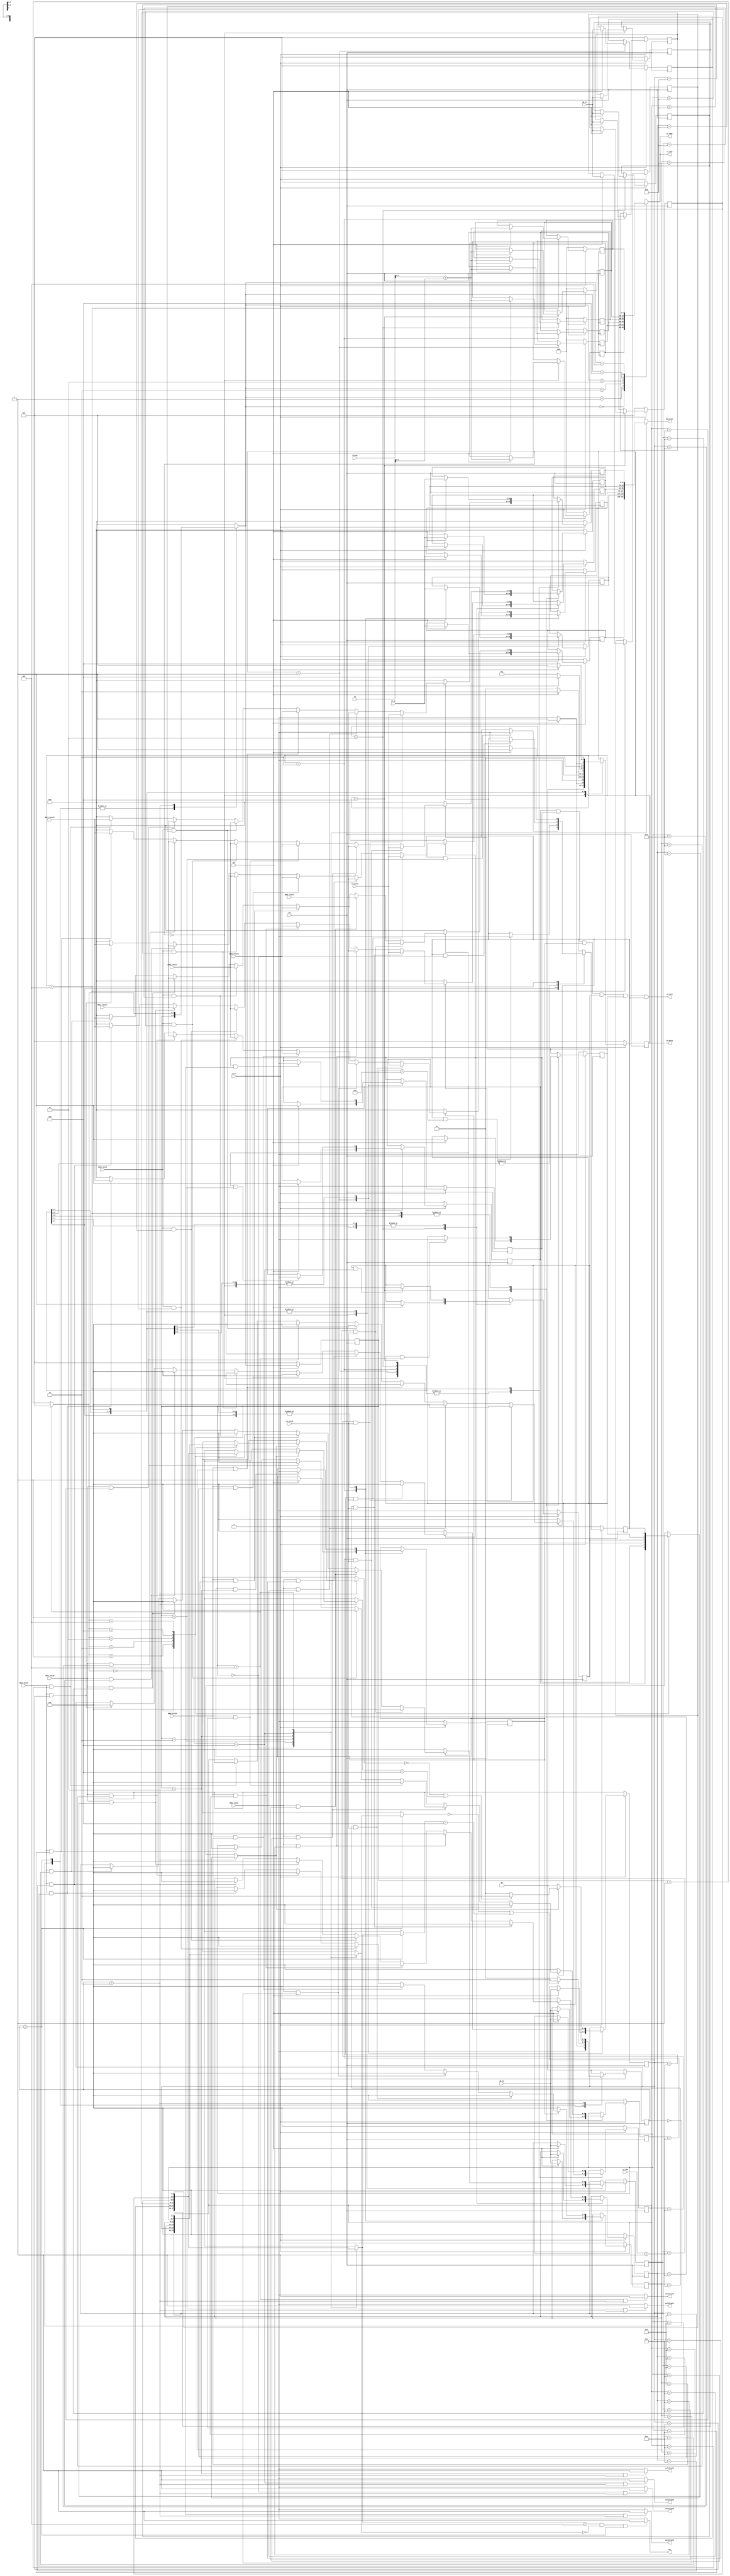
module LS_buff(
//from common data bus
	input ADD1_valid,
	input ADD2_valid,
	input ADD3_valid,
	input MUL1_valid,
	input MUL2_valid,
	input LS_valid,
	input [31:0] ADD1_result,
	input [31:0] ADD2_result,
	input [31:0] ADD3_result,
	input [31:0] MUL1_result,
	input [31:0] MUL2_result,
	input [31:0] LS_value,
	input [2:0] LS_idx,

	input clk,
	input rst_n,
	input sel,
	input [2:0] Op_in,
	input [11:0] offset,
	input [31:0] rs, //from the reg that contains the address
	input [31:0] Vi_in,// the value to store is actually rs2
	input [3:0] Qi_in,
	output [9:0] rd_addr,
	output [9:0] wr_addr,
	output [31:0] data_out,
	output wen,
	output  valid_out0,
	output  valid_out1,
	output  valid_out2,
	output  valid_out3,
	output  valid_out4,
	output  valid_out5,
	//
	output ls_full,//for instruction manager
	output [2:0] ls_entry//for instruction manager
);


//

wire valid_out0_next,valid_out1_next,valid_out2_next,valid_out3_next,valid_out4_next,valid_out5_next;


localparam ENTRY0=3'd0,ENTRY1=3'd1,ENTRY2=3'd2,ENTRY3=3'd3,ENTRY4=3'd4,ENTRY5=3'd5;
reg [2:0] state,next_state;
reg [2:0]head,head_next;
reg busy[0:5];
reg busy_next[0:5];
reg [9:0] addr [0:5];
reg [9:0] addr_next [0:5];
reg	[31:0] Vi [0:5];
reg [31:0] Vi_next [0:5];
reg [3:0] Qi [0:5];
reg [3:0] Qi_next [0:5];
reg [2:0] Op[0:5];
reg [2:0] Op_next[0:5];
reg valid[0:5];

always@(posedge clk)begin
	if(~rst_n)begin
		state <= ENTRY0; 
		busy[0] <= 0;
		busy[1] <= 0;
		busy[2] <= 0;
		busy[3] <= 0;
		busy[4] <= 0;
		busy[5] <= 0;
		Op[0] <= 0;
		Op[1] <= 0;
		Op[2] <= 0;
		Op[3] <= 0;
		Op[4] <= 0;
		Op[5] <= 0;
		addr[0] <= 0;
		addr[1] <= 0;
		addr[2] <= 0;
		addr[3] <= 0;
		addr[4] <= 0;
		addr[5] <= 0;
		Qi[0] <= 0;
		Qi[1] <= 0;
		Qi[2] <= 0;
		Qi[3] <= 0;
		Qi[4] <= 0;
		Qi[5] <= 0;
		Vi[0] <= 0;
		Vi[1] <= 0;
		Vi[2] <= 0;
		Vi[3] <= 0;
		Vi[4] <= 0;
		Vi[5] <= 0;
	end else begin 
		state <= next_state;
		busy[0] <= busy_next[0];
		busy[1] <= busy_next[1];
		busy[2] <= busy_next[2];
		busy[3] <= busy_next[3];
		busy[4] <= busy_next[4];
		busy[5] <= busy_next[5];
		Op[0] <= Op_next[0];
		Op[1] <= Op_next[1];
		Op[2] <= Op_next[2];
		Op[3] <= Op_next[3];
		Op[4] <= Op_next[4];
		Op[5] <= Op_next[5];
		addr[0] <=addr_next[0];
		addr[1] <=addr_next[1];
		addr[2] <=addr_next[2];
		addr[3] <=addr_next[3];
		addr[4] <=addr_next[4];
		addr[5] <=addr_next[5];
		Qi[0] <= Qi_next[0];
		Qi[1] <= Qi_next[1];
		Qi[2] <= Qi_next[2];
		Qi[3] <= Qi_next[3];
		Qi[4] <= Qi_next[4];
		Qi[5] <= Qi_next[5];
		Vi[0] <= Vi_next[0];
		Vi[1] <= Vi_next[1];
		Vi[2] <= Vi_next[2];
		Vi[3] <= Vi_next[3];
		Vi[4] <= Vi_next[4];
		Vi[5] <= Vi_next[5];
	end
end

always@(*)begin
	case(state)
		ENTRY0:	begin
					busy_next[1] = (busy[1] && (head==2))?0:busy[1]; 
					busy_next[2] = (busy[2] && (head==3))?0:busy[2]; 
					busy_next[3] = (busy[3] && (head==4))?0:busy[3]; 
					busy_next[4] = (busy[4] && (head==5))?0:busy[4]; 
					busy_next[5] = (busy[5] && (head==1))?0:busy[5]; 
					addr_next[1] = addr[1];
					addr_next[2] = addr[2];
					addr_next[3] = addr[3];
					addr_next[4] = addr[4];
					addr_next[5] = addr[5];
					Op_next[1] = Op[1];
					Op_next[2] = Op[2];
					Op_next[3] = Op[3];
					Op_next[4] = Op[4];
					Op_next[5] = Op[5];
					//Vi_next[0] = (Qi[0]==0)?Vi[0]:/*use Qi[0]and the valid for that input as selece*/;

                    if(sel)begin//the values for the current entry is controlled here
                        busy_next[0] = 1;
                        addr_next[0] = offset+rs;
						Vi_next[0] = Vi_in;
                        Qi_next[0] = Qi_in;
						Op_next[0] = Op_in;/*0 for load 1 for store*/
						next_state = ENTRY1;
                    end else begin
                        busy_next[0] = busy[0];
                        addr_next[0] = addr[0];
                        Vi_next[0] = Vi[0];
                        Qi_next[0] = Qi[0];
						Op_next[0] = Op[0];
                        next_state = ENTRY0;
                    end

					if(busy[1])begin
						if(Qi[1]==LS_idx+1&&LS_valid) begin
							Vi_next[1] =LS_value;
							Qi_next[1] = 0;
						end else if(ADD1_valid&&Qi[1]==7)begin
							Vi_next[1] = ADD1_result;
							Qi_next[1] = 0;
						end else if(ADD2_valid&&Qi[1]==8)begin
							Vi_next[1] = ADD2_result;
							Qi_next[1] = 0;
						end else if(ADD3_valid&&Qi[1]==9)begin
							Vi_next[1] = ADD3_result;
							Qi_next[1] = 0;
						end else if(MUL1_valid&&Qi[1]==10)begin
							Vi_next[1] = MUL1_result;
							Qi_next[1] = 0;
						end else if(MUL2_valid&&Qi[1]==11)begin
							Vi_next[1] = MUL2_result;
							Qi_next[1] = 0;
						end else begin
							Vi_next[1] = 0;
							Qi_next[1] = Qi[1];
						end
					end 
					else begin
						Vi_next[1] = 0;
						Qi_next[1] = 0;
					end					

					if(busy[2])begin
						if(Qi[2]==LS_idx+1&&LS_valid) begin
							Vi_next[2] =LS_value;
							Qi_next[2] = 0;
						end else if(ADD1_valid&&Qi[2]==7)begin
							Vi_next[2] = ADD1_result;
							Qi_next[2] = 0;
						end else if(ADD2_valid&&Qi[2]==8)begin
							Vi_next[2] = ADD2_result;
							Qi_next[2] = 0;
						end else if(ADD3_valid&&Qi[2]==9)begin
							Vi_next[2] = ADD3_result;
							Qi_next[2] = 0;
						end else if(MUL1_valid&&Qi[2]==10)begin
							Vi_next[2] = MUL1_result;
							Qi_next[2] = 0;
						end else if(MUL2_valid&&Qi[2]==11)begin
							Vi_next[2] = MUL2_result;
							Qi_next[2] = 0;
						end else begin
							Vi_next[2] = 0;
							Qi_next[2] = Qi[2];
						end
					end 
					else begin
						Vi_next[2] = 0;
						Qi_next[2] = 0;
					end

					if(busy[3])begin
						if(Qi[3]==LS_idx+1&&LS_valid) begin
							Vi_next[3] =LS_value;
							Qi_next[3] = 0;
						end else if(ADD1_valid&&Qi[3]==7)begin
							Vi_next[3] = ADD1_result;
							Qi_next[3] = 0;
						end else if(ADD2_valid&&Qi[3]==8)begin
							Vi_next[3] = ADD2_result;
							Qi_next[3] = 0;
						end else if(ADD3_valid&&Qi[3]==9)begin
							Vi_next[3] = ADD3_result;
							Qi_next[3] = 0;
						end else if(MUL1_valid&&Qi[3]==10)begin
							Vi_next[3] = MUL1_result;
							Qi_next[3] = 0;
						end else if(MUL2_valid&&Qi[3]==11)begin
							Vi_next[3] = MUL2_result;
							Qi_next[3] = 0;
						end else begin
							Vi_next[3] = 0;
							Qi_next[3] = Qi[3];
						end
					end 
					else begin
						Vi_next[3] = 0;
						Qi_next[3] = 0;
					end

					if(busy[4])begin
						if(Qi[4]==LS_idx+1&&LS_valid) begin
							Vi_next[4] =LS_value;
							Qi_next[4] = 0;
						end else if(ADD1_valid&&Qi[4]==7)begin
							Vi_next[4] = ADD1_result;
							Qi_next[4] = 0;
						end else if(ADD2_valid&&Qi[4]==8)begin
							Vi_next[4] = ADD2_result;
							Qi_next[4] = 0;
						end else if(ADD3_valid&&Qi[4]==9)begin
							Vi_next[4] = ADD3_result;
							Qi_next[4] = 0;
						end else if(MUL1_valid&&Qi[4]==10)begin
							Vi_next[4] = MUL1_result;
							Qi_next[4] = 0;
						end else if(MUL2_valid&&Qi[4]==11)begin
							Vi_next[4] = MUL2_result;
							Qi_next[4] = 0;
						end else begin
							Vi_next[4] = 0;
							Qi_next[4] = Qi[4];
						end
					end 
					else begin
						Vi_next[4] = 0;
						Qi_next[4] = 0;
					end

					if(busy[5])begin
						if(Qi[5]==LS_idx+1&&LS_valid) begin
							Vi_next[5] =LS_value;
							Qi_next[5] = 0;
						end else if(ADD1_valid&&Qi[5]==7)begin
							Vi_next[5] = ADD1_result;
							Qi_next[5] = 0;
						end else if(ADD2_valid&&Qi[5]==8)begin
							Vi_next[5] = ADD2_result;
							Qi_next[5] = 0;
						end else if(ADD3_valid&&Qi[5]==9)begin
							Vi_next[5] = ADD3_result;
							Qi_next[5] = 0;
						end else if(MUL1_valid&&Qi[5]==10)begin
							Vi_next[5] = MUL1_result;
							Qi_next[5] = 0;
						end else if(MUL2_valid&&Qi[5]==11)begin
							Vi_next[5] = MUL2_result;
							Qi_next[5] = 0;
						end else begin
							Vi_next[5] = 0;
							Qi_next[5] = Qi[5];
						end
					end 
					else begin
						Vi_next[5] = 0;
						Qi_next[5] = 0;
					end
                end

		ENTRY1: begin
					//if the previous head is 0 and the (prevoiuse head entry) is busy,the previouse head entry shud be freed 
					//because this indicates the head had mved on
					busy_next[0] = (busy[0] && (head==1))?0:busy[0];  
					busy_next[2] = (busy[2] && (head==3))?0:busy[2];  
					busy_next[3] = (busy[3] && (head==4))?0:busy[3]; 
					busy_next[4] = (busy[4] && (head==5))?0:busy[4];  
					busy_next[5] = (busy[5] && (head==6))?0:busy[5];  
					addr_next[0] = addr[0];
					addr_next[2] = addr[2];
					addr_next[3] = addr[3];
					addr_next[4] = addr[4];
					addr_next[5] = addr[5];
					Op_next[0] = Op[0];
					Op_next[2] = Op[2];
					Op_next[3] = Op[3];
					Op_next[4] = Op[4];
					Op_next[5] = Op[5];
					//Vi_next[0] = (Qi[0]==0)?Vi[0]:/*use Qi[0]and the valid for that input as selece*/;
					if(busy[0])begin
						if(Qi[0]==LS_idx+1&&LS_valid) begin
							Vi_next[0] =LS_value;
							Qi_next[0] = 0;
						end else if(ADD1_valid&&Qi[0]==7)begin//Vi_next[0] = (Qi[0]==0)?Vi[0]:/*use Qi[0]and the valid for that input as selece*/;
							Vi_next[0] = ADD1_result;
							Qi_next[0] = 0;
						end else if(ADD2_valid&&Qi[0]==8)begin
							Vi_next[0] = ADD2_result;
							Qi_next[0] = 0;
						end else if(ADD3_valid&&Qi[0]==9)begin
							Vi_next[0] = ADD3_result;
							Qi_next[0] = 0;
						end else if(MUL1_valid&&Qi[0]==10)begin
							Vi_next[0] = MUL1_result;
							Qi_next[0] = 0;
						end else if(MUL2_valid&&Qi[0]==11)begin
							Vi_next[0] = MUL2_result;
							Qi_next[0] = 0;
						end else begin
							Vi_next[0] = 0;
							Qi_next[0] = Qi[0];
						end
					end 
					else begin
						Vi_next[0] = 0;
						Qi_next[0] = 0;
					end
///TODO:complete the rest of the Qi_next and Vi_next for the ls_buffer entries that isn't the current entry
/*                        Vi_next[2] = Vi[2];
                        Vi_next[3] = Vi[3];
                        Vi_next[4] = Vi[4];
                        Vi_next[5] = Vi[5];
                        Qi_next[1] = Qi[1];
                        Qi_next[2] = Qi[2];
                        Qi_next[3] = Qi[3];
                        Qi_next[4] = Qi[4];
                        Qi_next[5] = Qi[5];
                        Op_next[1] = Op[1];
                        Op_next[2] = Op[2];
                        Op_next[3] = Op[3];
                        Op_next[4] = Op[4];
                        Op_next[5] = Op[5];
*/
                    if(sel)begin//the values for the current entry is controlled here
                        busy_next[1] = 1;
                        addr_next[1] = offset+rs;
						Vi_next[1] = Vi_in;
                        Qi_next[1] = Qi_in;
						Op_next[1] = Op_in;/*0 for load 1 for store*/
						next_state = ENTRY2;
                    end else begin
                        busy_next[1] = busy[1];
                        addr_next[1] = addr[1];
                        Vi_next[1] = Vi[1];
                        Qi_next[1] = Qi[1];
						Op_next[1] = Op[1];
                        next_state = ENTRY1;
                    end

					if(busy[2])begin
						if(Qi[2]==LS_idx+1&&LS_valid) begin
							Vi_next[2] =LS_value;
							Qi_next[2] = 0;
						end else if(ADD1_valid&&Qi[2]==7)begin
							Vi_next[2] = ADD1_result;
							Qi_next[2] = 0;
						end else if(ADD2_valid&&Qi[2]==8)begin
							Vi_next[2] = ADD2_result;
							Qi_next[2] = 0;
						end else if(ADD3_valid&&Qi[2]==9)begin
							Vi_next[2] = ADD3_result;
							Qi_next[2] = 0;
						end else if(MUL1_valid&&Qi[2]==10)begin
							Vi_next[2] = MUL1_result;
							Qi_next[2] = 0;
						end else if(MUL2_valid&&Qi[2]==11)begin
							Vi_next[2] = MUL2_result;
							Qi_next[2] = 0;
						end else begin
							Vi_next[2] = 0;
							Qi_next[2] = Qi[2];
						end
					end 
					else begin
						Vi_next[2] = 0;
						Qi_next[2] = 0;
					end

					if(busy[3])begin
						if(Qi[3]==LS_idx+1&&LS_valid) begin
							Vi_next[3] =LS_value;
							Qi_next[3] = 0;
						end else if(ADD1_valid&&Qi[3]==7)begin
							Vi_next[3] = ADD1_result;
							Qi_next[3] = 0;
						end else if(ADD2_valid&&Qi[3]==8)begin
							Vi_next[3] = ADD2_result;
							Qi_next[3] = 0;
						end else if(ADD3_valid&&Qi[3]==9)begin
							Vi_next[3] = ADD3_result;
							Qi_next[3] = 0;
						end else if(MUL1_valid&&Qi[3]==10)begin
							Vi_next[3] = MUL1_result;
							Qi_next[3] = 0;
						end else if(MUL2_valid&&Qi[3]==11)begin
							Vi_next[3] = MUL2_result;
							Qi_next[3] = 0;
						end else begin
							Vi_next[3] = 0;
							Qi_next[3] = Qi[3];
						end
					end 
					else begin
						Vi_next[3] = 0;
						Qi_next[3] = 0;
					end

					if(busy[4])begin
						if(Qi[4]==LS_idx+1&&LS_valid) begin
							Vi_next[4] =LS_value;
							Qi_next[4] = 0;
						end else if(ADD1_valid&&Qi[4]==7)begin
							Vi_next[4] = ADD1_result;
							Qi_next[4] = 0;
						end else if(ADD2_valid&&Qi[4]==8)begin
							Vi_next[4] = ADD2_result;
							Qi_next[4] = 0;
						end else if(ADD3_valid&&Qi[4]==9)begin
							Vi_next[4] = ADD3_result;
							Qi_next[4] = 0;
						end else if(MUL1_valid&&Qi[4]==10)begin
							Vi_next[4] = MUL1_result;
							Qi_next[4] = 0;
						end else if(MUL2_valid&&Qi[4]==11)begin
							Vi_next[4] = MUL2_result;
							Qi_next[4] = 0;
						end else begin
							Vi_next[4] = 0;
							Qi_next[4] = Qi[4];
						end
					end 
					else begin
						Vi_next[4] = 0;
						Qi_next[4] = 0;
					end

					if(busy[5])begin
						if(Qi[5]==LS_idx+1&&LS_valid) begin
							Vi_next[5] =LS_value;
							Qi_next[5] = 0;
						end else if(ADD1_valid&&Qi[5]==7)begin
							Vi_next[5] = ADD1_result;
							Qi_next[5] = 0;
						end else if(ADD2_valid&&Qi[5]==8)begin
							Vi_next[5] = ADD2_result;
							Qi_next[5] = 0;
						end else if(ADD3_valid&&Qi[5]==9)begin
							Vi_next[5] = ADD3_result;
							Qi_next[5] = 0;
						end else if(MUL1_valid&&Qi[5]==10)begin
							Vi_next[5] = MUL1_result;
							Qi_next[5] = 0;
						end else if(MUL2_valid&&Qi[5]==11)begin
							Vi_next[5] = MUL2_result;
							Qi_next[5] = 0;
						end else begin
							Vi_next[5] = 0;
							Qi_next[5] = Qi[5];
						end
					end 
					else begin
						Vi_next[5] = 0;
						Qi_next[5] = 0;
					end
                end

//TODO: complete the logic for rest of the states
		ENTRY2: begin
					busy_next[0] = (busy[0] && (head==1))?0:busy[0]; 
					busy_next[1] = (busy[1] && (head==2))?0:busy[1];  
					busy_next[3] = (busy[3] && (head==4))?0:busy[3]; 
					busy_next[4] = (busy[4] && (head==5))?0:busy[4]; 
					busy_next[5] = (busy[5] && (head==0))?0:busy[5]; 
					addr_next[0] = addr[0];
					addr_next[1] = addr[1];
					addr_next[3] = addr[3];
					addr_next[4] = addr[4];
					addr_next[5] = addr[5];
					Op_next[0] = Op[0];
					Op_next[1] = Op[1];
					Op_next[3] = Op[3];
					Op_next[4] = Op[4];
					Op_next[5] = Op[5];
					//Vi_next[0] = (Qi[0]==0)?Vi[0]:/*use Qi[0]and the valid for that input as selece*/;

					if(busy[0])begin
						if(Qi[0]==LS_idx+1&&LS_valid) begin
							Vi_next[0] =LS_value;
							Qi_next[0] = 0;
						end else if(ADD1_valid&&Qi[0]==7)begin
							Vi_next[0] = ADD1_result;
							Qi_next[0] = 0;
						end else if(ADD2_valid&&Qi[0]==8)begin
							Vi_next[0] = ADD2_result;
							Qi_next[0] = 0;
						end else if(ADD3_valid&&Qi[0]==9)begin
							Vi_next[0] = ADD3_result;
							Qi_next[0] = 0;
						end else if(MUL1_valid&&Qi[0]==10)begin
							Vi_next[0] = MUL1_result;
							Qi_next[0] = 0;
						end else if(MUL2_valid&&Qi[0]==11)begin
							Vi_next[0] = MUL2_result;
							Qi_next[0] = 0;
						end else begin
							Vi_next[0] = 0;
							Qi_next[0] = Qi[0];
						end
					end 
					else begin
						Vi_next[0] = 0;
						Qi_next[0] = 0;
					end

					if(busy[1])begin
						if(Qi[1]==LS_idx+1&&LS_valid) begin
							Vi_next[1] =LS_value;
							Qi_next[1] = 0;
						end else if(ADD1_valid&&Qi[1]==7)begin
							Vi_next[1] = ADD1_result;
							Qi_next[1] = 0;
						end else if(ADD2_valid&&Qi[1]==8)begin
							Vi_next[1] = ADD2_result;
							Qi_next[1] = 0;
						end else if(ADD3_valid&&Qi[1]==9)begin
							Vi_next[1] = ADD3_result;
							Qi_next[1] = 0;
						end else if(MUL1_valid&&Qi[1]==10)begin
							Vi_next[1] = MUL1_result;
							Qi_next[1] = 0;
						end else if(MUL2_valid&&Qi[1]==11)begin
							Vi_next[1] = MUL2_result;
							Qi_next[1] = 0;
						end else begin
							Vi_next[1] = 0;
							Qi_next[1] = Qi[1];
						end
					end 
					else begin
						Vi_next[1] = 0;
						Qi_next[1] = 0;
					end

                    if(sel)begin
                        busy_next[2] = 1;
                        addr_next[2] = offset+rs;
						Vi_next[2] = Vi_in;
                        Qi_next[2] = Qi_in;
						Op_next[2] = Op_in;/*0 for load 1 for store*/
						next_state = ENTRY3;
                    end else begin
                        busy_next[2] = busy[2];
                        addr_next[2] = addr[2];
                        Vi_next[2] = Vi[2];
                        Qi_next[2] = Qi[2];
						Op_next[2] = Op[2];
                        next_state = ENTRY2;
                    end

					if(busy[3])begin
						if(Qi[3]==LS_idx+1&&LS_valid) begin
							Vi_next[3] =LS_value;
							Qi_next[3] = 0;
						end else if(ADD1_valid&&Qi[3]==7)begin
							Vi_next[3] = ADD1_result;
							Qi_next[3] = 0;
						end else if(ADD2_valid&&Qi[3]==8)begin
							Vi_next[3] = ADD2_result;
							Qi_next[3] = 0;
						end else if(ADD3_valid&&Qi[3]==9)begin
							Vi_next[3] = ADD3_result;
							Qi_next[3] = 0;
						end else if(MUL1_valid&&Qi[3]==10)begin
							Vi_next[3] = MUL1_result;
							Qi_next[3] = 0;
						end else if(MUL2_valid&&Qi[3]==11)begin
							Vi_next[3] = MUL2_result;
							Qi_next[3] = 0;
						end else begin
							Vi_next[3] = 0;
							Qi_next[3] = Qi[3];
						end
					end 
					else begin
						Vi_next[3] = 0;
						Qi_next[3] = 0;
					end

					if(busy[4])begin
						if(Qi[4]==LS_idx+1&&LS_valid) begin
							Vi_next[4] =LS_value;
							Qi_next[4] = 0;
						end else if(ADD1_valid&&Qi[4]==7)begin
							Vi_next[4] = ADD1_result;
							Qi_next[4] = 0;
						end else if(ADD2_valid&&Qi[4]==8)begin
							Vi_next[4] = ADD2_result;
							Qi_next[4] = 0;
						end else if(ADD3_valid&&Qi[4]==9)begin
							Vi_next[4] = ADD3_result;
							Qi_next[4] = 0;
						end else if(MUL1_valid&&Qi[4]==10)begin
							Vi_next[4] = MUL1_result;
							Qi_next[4] = 0;
						end else if(MUL2_valid&&Qi[4]==11)begin
							Vi_next[4] = MUL2_result;
							Qi_next[4] = 0;
						end else begin
							Vi_next[4] = 0;
							Qi_next[4] = Qi[4];
						end
					end 
					else begin
						Vi_next[4] = 0;
						Qi_next[4] = 0;
					end

					if(busy[5])begin
						if(Qi[5]==LS_idx+1&&LS_valid) begin
							Vi_next[5] =LS_value;
							Qi_next[5] = 0;
						end else if(ADD1_valid&&Qi[5]==7)begin
							Vi_next[5] = ADD1_result;
							Qi_next[5] = 0;
						end else if(ADD2_valid&&Qi[5]==8)begin
							Vi_next[5] = ADD2_result;
							Qi_next[5] = 0;
						end else if(ADD3_valid&&Qi[5]==9)begin
							Vi_next[5] = ADD3_result;
							Qi_next[5] = 0;
						end else if(MUL1_valid&&Qi[5]==10)begin
							Vi_next[5] = MUL1_result;
							Qi_next[5] = 0;
						end else if(MUL2_valid&&Qi[5]==11)begin
							Vi_next[5] = MUL2_result;
							Qi_next[5] = 0;
						end else begin
							Vi_next[5] = 0;
							Qi_next[5] = Qi[5];
						end
					end 
					else begin
						Vi_next[5] = 0;
						Qi_next[5] = 0;
					end
                end

		ENTRY3: begin
					busy_next[0] = (busy[0] && (head==1))?0:busy[0]; 
					busy_next[1] = (busy[1] && (head==2))?0:busy[1]; 
					busy_next[2] = (busy[2] && (head==3))?0:busy[2]; 
					busy_next[4] = (busy[4] && (head==5))?0:busy[4]; 
					busy_next[5] = (busy[5] && (head==0))?0:busy[5]; 
					addr_next[0] = addr[0];
					addr_next[1] = addr[1];
					addr_next[2] = addr[2];
					addr_next[4] = addr[4];
					addr_next[5] = addr[5];
					Op_next[0] = Op[0];
					Op_next[1] = Op[1];
					Op_next[2] = Op[2];
					Op_next[4] = Op[4];
					Op_next[5] = Op[5];
					//Vi_next[0] = (Qi[0]==0)?Vi[0]:/*use Qi[0]and the valid for that input as selece*/;

					if(busy[0])begin
						if(Qi[0]==LS_idx+1&&LS_valid) begin
							Vi_next[0] =LS_value;
							Qi_next[0] = 0;
						end else if(ADD1_valid&&Qi[0]==7)begin
							Vi_next[0] = ADD1_result;
							Qi_next[0] = 0;
						end else if(ADD2_valid&&Qi[0]==8)begin
							Vi_next[0] = ADD2_result;
							Qi_next[0] = 0;
						end else if(ADD3_valid&&Qi[0]==9)begin
							Vi_next[0] = ADD3_result;
							Qi_next[0] = 0;
						end else if(MUL1_valid&&Qi[0]==10)begin
							Vi_next[0] = MUL1_result;
							Qi_next[0] = 0;
						end else if(MUL2_valid&&Qi[0]==11)begin
							Vi_next[0] = MUL2_result;
							Qi_next[0] = 0;
						end else begin
							Vi_next[0] = 0;
							Qi_next[0] = Qi[0];
						end
					end 
					else begin
						Vi_next[0] = 0;
						Qi_next[0] = 0;
					end

					if(busy[1])begin
						if(Qi[1]==LS_idx+1&&LS_valid) begin
							Vi_next[1] =LS_value;
							Qi_next[1] = 0;
						end else if(ADD1_valid&&Qi[1]==7)begin
							Vi_next[1] = ADD1_result;
							Qi_next[1] = 0;
						end else if(ADD2_valid&&Qi[1]==8)begin
							Vi_next[1] = ADD2_result;
							Qi_next[1] = 0;
						end else if(ADD3_valid&&Qi[1]==9)begin
							Vi_next[1] = ADD3_result;
							Qi_next[1] = 0;
						end else if(MUL1_valid&&Qi[1]==10)begin
							Vi_next[1] = MUL1_result;
							Qi_next[1] = 0;
						end else if(MUL2_valid&&Qi[1]==11)begin
							Vi_next[1] = MUL2_result;
							Qi_next[1] = 0;
						end else begin
							Vi_next[1] = 0;
							Qi_next[1] = Qi[1];
						end
					end 
					else begin
						Vi_next[1] = 0;
						Qi_next[1] = 0;
					end

					if(busy[2])begin
						if(Qi[2]==LS_idx+1&&LS_valid) begin
							Vi_next[2] =LS_value;
							Qi_next[2] = 0;
						end else if(ADD1_valid&&Qi[2]==7)begin
							Vi_next[2] = ADD1_result;
							Qi_next[2] = 0;
						end else if(ADD2_valid&&Qi[2]==8)begin
							Vi_next[2] = ADD2_result;
							Qi_next[2] = 0;
						end else if(ADD3_valid&&Qi[2]==9)begin
							Vi_next[2] = ADD3_result;
							Qi_next[2] = 0;
						end else if(MUL1_valid&&Qi[2]==10)begin
							Vi_next[2] = MUL1_result;
							Qi_next[2] = 0;
						end else if(MUL2_valid&&Qi[2]==11)begin
							Vi_next[2] = MUL2_result;
							Qi_next[2] = 0;
						end else begin
							Vi_next[2] = 0;
							Qi_next[2] = Qi[2];
						end
					end 
					else begin
						Vi_next[2] = 0;
						Qi_next[2] = 0;
					end

                    if(sel)begin
                        busy_next[3] = 1;
                        addr_next[3] = offset+rs;
						Vi_next[3] = Vi_in;
                        Qi_next[3] = Qi_in;
						Op_next[3] = Op_in;/*0 for load 1 for store*/
						next_state = ENTRY4;
                    end else begin
                        busy_next[3] = busy[3];
                        addr_next[3] = addr[3];
                        Vi_next[3] = Vi[3];
                        Qi_next[3] = Qi[3];
						Op_next[3] = Op[3];
                        next_state = ENTRY3;
                    end

					if(busy[4])begin
						if(Qi[4]==LS_idx+1&&LS_valid) begin
							Vi_next[4] =LS_value;
							Qi_next[4] = 0;
						end else if(ADD1_valid&&Qi[4]==7)begin
							Vi_next[4] = ADD1_result;
							Qi_next[4] = 0;
						end else if(ADD2_valid&&Qi[4]==8)begin
							Vi_next[4] = ADD2_result;
							Qi_next[4] = 0;
						end else if(ADD3_valid&&Qi[4]==9)begin
							Vi_next[4] = ADD3_result;
							Qi_next[4] = 0;
						end else if(MUL1_valid&&Qi[4]==10)begin
							Vi_next[4] = MUL1_result;
							Qi_next[4] = 0;
						end else if(MUL2_valid&&Qi[4]==11)begin
							Vi_next[4] = MUL2_result;
							Qi_next[4] = 0;
						end else begin
							Vi_next[4] = 0;
							Qi_next[4] = Qi[4];
						end
					end 
					else begin
						Vi_next[4] = 0;
						Qi_next[4] = 0;
					end

					if(busy[5])begin
						if(Qi[5]==LS_idx+1&&LS_valid) begin
							Vi_next[5] =LS_value;
							Qi_next[5] = 0;
						end else if(ADD1_valid&&Qi[5]==7)begin
							Vi_next[5] = ADD1_result;
							Qi_next[5] = 0;
						end else if(ADD2_valid&&Qi[5]==8)begin
							Vi_next[5] = ADD2_result;
							Qi_next[5] = 0;
						end else if(ADD3_valid&&Qi[5]==9)begin
							Vi_next[5] = ADD3_result;
							Qi_next[5] = 0;
						end else if(MUL1_valid&&Qi[5]==10)begin
							Vi_next[5] = MUL1_result;
							Qi_next[5] = 0;
						end else if(MUL2_valid&&Qi[5]==11)begin
							Vi_next[5] = MUL2_result;
							Qi_next[5] = 0;
						end else begin
							Vi_next[5] = 0;
							Qi_next[5] = Qi[5];
						end
					end 
					else begin
						Vi_next[5] = 0;
						Qi_next[5] = 0;
					end
                end

		ENTRY4: begin
					busy_next[0] = (busy[0] && (head==1))?0:busy[0];  
					busy_next[1] = (busy[1] && (head==2))?0:busy[1];  
					busy_next[2] = (busy[2] && (head==3))?0:busy[2];  
					busy_next[3] = (busy[3] && (head==4))?0:busy[3];  
					busy_next[5] = (busy[5] && (head==0))?0:busy[5]; 
					addr_next[0] = addr[0];
					addr_next[1] = addr[1];
					addr_next[2] = addr[2];
					addr_next[3] = addr[3];
					addr_next[5] = addr[5];
					Op_next[0] = Op[0];
					Op_next[1] = Op[1];
					Op_next[2] = Op[2];
					Op_next[3] = Op[3];
					Op_next[5] = Op[5];
					//Vi_next[0] = (Qi[0]==0)?Vi[0]:/*use Qi[0]and the valid for that input as selece*/;

					if(busy[0])begin
						if(Qi[0]==LS_idx+1&&LS_valid) begin
							Vi_next[0] =LS_value;
							Qi_next[0] = 0;
						end else if(ADD1_valid&&Qi[0]==7)begin
							Vi_next[0] = ADD1_result;
							Qi_next[0] = 0;
						end else if(ADD2_valid&&Qi[0]==8)begin
							Vi_next[0] = ADD2_result;
							Qi_next[0] = 0;
						end else if(ADD3_valid&&Qi[0]==9)begin
							Vi_next[0] = ADD3_result;
							Qi_next[0] = 0;
						end else if(MUL1_valid&&Qi[0]==10)begin
							Vi_next[0] = MUL1_result;
							Qi_next[0] = 0;
						end else if(MUL2_valid&&Qi[0]==11)begin
							Vi_next[0] = MUL2_result;
							Qi_next[0] = 0;
						end else begin
							Vi_next[0] = 0;
							Qi_next[0] = Qi[0];
						end
					end 
					else begin
						Vi_next[0] = 0;
						Qi_next[0] = 0;
					end

					if(busy[1])begin
						if(Qi[1]==LS_idx+1&&LS_valid) begin
							Vi_next[1] =LS_value;
							Qi_next[1] = 0;
						end else if(ADD1_valid&&Qi[1]==7)begin
							Vi_next[1] = ADD1_result;
							Qi_next[1] = 0;
						end else if(ADD2_valid&&Qi[1]==8)begin
							Vi_next[1] = ADD2_result;
							Qi_next[1] = 0;
						end else if(ADD3_valid&&Qi[1]==9)begin
							Vi_next[1] = ADD3_result;
							Qi_next[1] = 0;
						end else if(MUL1_valid&&Qi[1]==10)begin
							Vi_next[1] = MUL1_result;
							Qi_next[1] = 0;
						end else if(MUL2_valid&&Qi[1]==11)begin
							Vi_next[1] = MUL2_result;
							Qi_next[1] = 0;
						end else begin
							Vi_next[1] = 0;
							Qi_next[1] = Qi[1];
						end
					end 
					else begin
						Vi_next[1] = 0;
						Qi_next[1] = 0;
					end

					if(busy[2])begin
						if(Qi[2]==LS_idx+1&&LS_valid) begin
							Vi_next[2] =LS_value;
							Qi_next[2] = 0;
						end else if(ADD1_valid&&Qi[2]==7)begin
							Vi_next[2] = ADD1_result;
							Qi_next[2] = 0;
						end else if(ADD2_valid&&Qi[2]==8)begin
							Vi_next[2] = ADD2_result;
							Qi_next[2] = 0;
						end else if(ADD3_valid&&Qi[2]==9)begin
							Vi_next[2] = ADD3_result;
							Qi_next[2] = 0;
						end else if(MUL1_valid&&Qi[2]==10)begin
							Vi_next[2] = MUL1_result;
							Qi_next[2] = 0;
						end else if(MUL2_valid&&Qi[2]==11)begin
							Vi_next[2] = MUL2_result;
							Qi_next[2] = 0;
						end else begin
							Vi_next[2] = 0;
							Qi_next[2] = Qi[2];
						end
					end
					else begin
						Vi_next[2] = 0;
						Qi_next[2] = 0;						
					end

					if(busy[3])begin
						if(Qi[3]==LS_idx+1&&LS_valid) begin
							Vi_next[3] =LS_value;
							Qi_next[3] = 0;
						end else if(ADD1_valid&&Qi[3]==7)begin
							Vi_next[3] = ADD1_result;
							Qi_next[3] = 0;
						end else if(ADD2_valid&&Qi[3]==8)begin
							Vi_next[3] = ADD2_result;
							Qi_next[3] = 0;
						end else if(ADD3_valid&&Qi[3]==9)begin
							Vi_next[3] = ADD3_result;
							Qi_next[3] = 0;
						end else if(MUL1_valid&&Qi[3]==10)begin
							Vi_next[3] = MUL1_result;
							Qi_next[3] = 0;
						end else if(MUL2_valid&&Qi[3]==11)begin
							Vi_next[3] = MUL2_result;
							Qi_next[3] = 0;
						end else begin
							Vi_next[3] = 0;
							Qi_next[3] = Qi[3];
						end
					end 
					else begin
						Vi_next[3] = 0;
						Qi_next[3] = 0;
					end

                    if(sel)begin
                        busy_next[4] = 1;
                        addr_next[4] = offset+rs;
						Vi_next[4] = Vi_in;
                        Qi_next[4] = Qi_in;
						Op_next[4] = Op_in;/*0 for load 1 for store*/
						next_state = ENTRY5;
                    end else begin
                        busy_next[4] = busy[4];
                        addr_next[4] = addr[4];
                        Vi_next[4] = Vi[4];
                        Qi_next[4] = Qi[4];
						Op_next[4] = Op[4];
                        next_state = ENTRY4;
                    end

					if(busy[5])begin
						if(Qi[5]==LS_idx+1&&LS_valid) begin
							Vi_next[5] =LS_value;
							Qi_next[5] = 0;
						end else if(ADD1_valid&&Qi[5]==7)begin
							Vi_next[5] = ADD1_result;
							Qi_next[5] = 0;
						end else if(ADD2_valid&&Qi[5]==8)begin
							Vi_next[5] = ADD2_result;
							Qi_next[5] = 0;
						end else if(ADD3_valid&&Qi[5]==9)begin
							Vi_next[5] = ADD3_result;
							Qi_next[5] = 0;
						end else if(MUL1_valid&&Qi[5]==10)begin
							Vi_next[5] = MUL1_result;
							Qi_next[5] = 0;
						end else if(MUL2_valid&&Qi[5]==11)begin
							Vi_next[5] = MUL2_result;
							Qi_next[5] = 0;
						end else begin
							Vi_next[5] = 0;
							Qi_next[5] = Qi[5];
						end
					end 
					else begin
						Vi_next[5] = 0;
						Qi_next[5] = 0;
					end
                end

		ENTRY5: begin
					busy_next[0] = (busy[0] && (head==1))?0:busy[0]; 
					busy_next[1] = (busy[1] && (head==2))?0:busy[1];  
					busy_next[2] = (busy[2] && (head==3))?0:busy[2]; 
					busy_next[3] = (busy[3] && (head==4))?0:busy[3]; 
					busy_next[4] = (busy[4] && (head==5))?0:busy[4]; 
					addr_next[0] = addr[0];
					addr_next[1] = addr[1];
					addr_next[2] = addr[2];
					addr_next[3] = addr[3];
					addr_next[4] = addr[4];
					Op_next[0] = Op[0];
					Op_next[1] = Op[1];
					Op_next[2] = Op[2];
					Op_next[3] = Op[3];
					Op_next[4] = Op[4];
					//Vi_next[0] = (Qi[0]==0)?Vi[0]:/*use Qi[0]and the valid for that input as selece*/;

					if(busy[0])begin
						if(Qi[0]==LS_idx+1&&LS_valid) begin
							Vi_next[0] =LS_value;
							Qi_next[0] = 0;
						end else if(ADD1_valid&&Qi[0]==7)begin
							Vi_next[0] = ADD1_result;
							Qi_next[0] = 0;
						end else if(ADD2_valid&&Qi[0]==8)begin
							Vi_next[0] = ADD2_result;
							Qi_next[0] = 0;
						end else if(ADD3_valid&&Qi[0]==9)begin
							Vi_next[0] = ADD3_result;
							Qi_next[0] = 0;
						end else if(MUL1_valid&&Qi[0]==10)begin
							Vi_next[0] = MUL1_result;
							Qi_next[0] = 0;
						end else if(MUL2_valid&&Qi[0]==11)begin
							Vi_next[0] = MUL2_result;
							Qi_next[0] = 0;
						end else begin
							Vi_next[0] = 0;
							Qi_next[0] = Qi[0];
						end
					end 
					else begin
						Vi_next[0] = 0;
						Qi_next[0] = 0;
					end

					if(busy[1])begin
						if(Qi[1]==LS_idx+1&&LS_valid) begin
							Vi_next[1] =LS_value;
							Qi_next[1] = 0;
						end else if(ADD1_valid&&Qi[1]==7)begin
							Vi_next[1] = ADD1_result;
							Qi_next[1] = 0;
						end else if(ADD2_valid&&Qi[1]==8)begin
							Vi_next[1] = ADD2_result;
							Qi_next[1] = 0;
						end else if(ADD3_valid&&Qi[1]==9)begin
							Vi_next[1] = ADD3_result;
							Qi_next[1] = 0;
						end else if(MUL1_valid&&Qi[1]==10)begin
							Vi_next[1] = MUL1_result;
							Qi_next[1] = 0;
						end else if(MUL2_valid&&Qi[1]==11)begin
							Vi_next[1] = MUL2_result;
							Qi_next[1] = 0;
						end else begin
							Vi_next[1] = 0;
							Qi_next[1] = Qi[1];
						end
					end 
					else begin
						Vi_next[1] = 0;
						Qi_next[1] = 0;
					end

					if(busy[2])begin
						if(Qi[2]==LS_idx+1&&LS_valid) begin
							Vi_next[2] =LS_value;
							Qi_next[2] = 0;
						end else if(ADD1_valid&&Qi[2]==7)begin
							Vi_next[2] = ADD1_result;
							Qi_next[2] = 0;
						end else if(ADD2_valid&&Qi[2]==8)begin
							Vi_next[2] = ADD2_result;
							Qi_next[2] = 0;
						end else if(ADD3_valid&&Qi[2]==9)begin
							Vi_next[2] = ADD3_result;
							Qi_next[2] = 0;
						end else if(MUL1_valid&&Qi[2]==10)begin
							Vi_next[2] = MUL1_result;
							Qi_next[2] = 0;
						end else if(MUL2_valid&&Qi[2]==11)begin
							Vi_next[2] = MUL2_result;
							Qi_next[2] = 0;
						end else begin
							Vi_next[2] = 0;
							Qi_next[2] = Qi[2];
						end
					end
					else begin
						Vi_next[2] = 0;
						Qi_next[2] = 0;						
					end

					if(busy[3])begin
						if(Qi[3]==LS_idx+1&&LS_valid) begin
							Vi_next[3] =LS_value;
							Qi_next[3] = 0;
						end else if(ADD1_valid&&Qi[3]==7)begin
							Vi_next[3] = ADD1_result;
							Qi_next[3] = 0;
						end else if(ADD2_valid&&Qi[3]==8)begin
							Vi_next[3] = ADD2_result;
							Qi_next[3] = 0;
						end else if(ADD3_valid&&Qi[3]==9)begin
							Vi_next[3] = ADD3_result;
							Qi_next[3] = 0;
						end else if(MUL1_valid&&Qi[3]==10)begin
							Vi_next[3] = MUL1_result;
							Qi_next[3] = 0;
						end else if(MUL2_valid&&Qi[3]==11)begin
							Vi_next[3] = MUL2_result;
							Qi_next[3] = 0;
						end else begin
							Vi_next[3] = 0;
							Qi_next[3] = Qi[3];
						end
					end 
					else begin
						Vi_next[3] = 0;
						Qi_next[3] = 0;
					end

					if(busy[4])begin
						if(Qi[4]==LS_idx+1&&LS_valid) begin
							Vi_next[4] =LS_value;
							Qi_next[4] = 0;
						end else if(ADD1_valid&&Qi[4]==7)begin
							Vi_next[4] = ADD1_result;
							Qi_next[4] = 0;
						end else if(ADD2_valid&&Qi[4]==8)begin
							Vi_next[4] = ADD2_result;
							Qi_next[4] = 0;
						end else if(ADD3_valid&&Qi[4]==9)begin
							Vi_next[4] = ADD3_result;
							Qi_next[4] = 0;
						end else if(MUL1_valid&&Qi[4]==10)begin
							Vi_next[4] = MUL1_result;
							Qi_next[4] = 0;
						end else if(MUL2_valid&&Qi[4]==11)begin
							Vi_next[4] = MUL2_result;
							Qi_next[4] = 0;
						end else begin
							Vi_next[4] = 0;
							Qi_next[4] = Qi[4];
						end
					end 
					else begin
						Vi_next[4] = 0;
						Qi_next[4] = 0;
					end

                    if(sel)begin
                        busy_next[5] = 1;
                        addr_next[5] = offset+rs;
						Vi_next[5] = Vi_in;
                        Qi_next[5] = Qi_in;
						Op_next[5] = Op_in;/*0 for load 1 for store*/
						next_state = ENTRY0;
                    end else begin
                        busy_next[5] = busy[5];
                        addr_next[5] = addr[5];
                        Vi_next[5] = Vi[5];
                        Qi_next[5] = Qi[5];
						Op_next[5] = Op[5];
                        next_state = ENTRY4;
                    end
				end
			default: begin
						busy_next[0] = busy[0];
						busy_next[1] = busy[1];
						busy_next[2] = busy[2];
						busy_next[3] = busy[3];
						busy_next[4] = busy[4];
						busy_next[5] = busy[5];
						addr_next[0] = addr[0];
						addr_next[1] = addr[1];
						addr_next[2] = addr[2];
						addr_next[3] = addr[3];
						addr_next[4] = addr[4];
						addr_next[5] = addr[5];
						Vi_next[0] = Vi[0];
						Vi_next[1] = Vi[1];
						Vi_next[2] = Vi[2];
						Vi_next[3] = Vi[3];
						Vi_next[4] = Vi[4];
						Vi_next[5] = Vi[5];
						Qi_next[0] = Qi[0];
						Qi_next[1] = Qi[1];
						Qi_next[2] = Qi[2];
						Qi_next[3] = Qi[3];
						Qi_next[4] = Qi[4];
						Qi_next[5] = Qi[5];
						Op_next[0] = Op[0];
						Op_next[1] = Op[1];
						Op_next[2] = Op[2];
						Op_next[3] = Op[3];
						Op_next[4] = Op[4];						
						Op_next[5] = Op[5];
						next_state = state;						
			end
	endcase
end

//head logic
//use a FSM to keep track of the state of the head and control busy values and
//head values
localparam IDLE=2'd0, WAIT=2'd1, EXE=2'd2;
reg [1:0] state_o,next_state_o;
reg [1:0] exe_count,exe_count_next;
always@(posedge clk)begin
	if(~rst_n)begin 
		state_o <= IDLE;
		head <= 0;
		//exe_count <= 2;
	end else begin
		state_o <= next_state_o; 
		head <= head_next;
		//exe_count <= exe_count_next;
	end
end

always@(*)begin
	case(state_o)
		IDLE:	begin
					head_next = head;
					//exe_count_next = 1;//load exe time
					if(sel)begin
						next_state_o = WAIT;
					end
					else begin
						next_state_o = IDLE;
					end
				end
		WAIT:	begin
					head_next = head;
					if(Qi[head]==0 || Op[head] == 4 )begin//is autumatically ready if its a load instruction
						next_state_o = EXE;
					//	exe_count_next = exe_count - 1;
					end else begin 
						next_state_o = WAIT;
//						exe_count_next = 1;
					end
				end
		EXE:	begin
					/*
					if(exe_count==0)begin
						head_next = (head==5)?0:head+1;
						if(Qi[head_next]==0 || Op[head_next] == 4)begin
							next_state_o = EXE;
							exe_count_next = 0;
						end else begin 
							next_state_o = WAIT;
							exe_count_next = 1;
						end
					end else begin
						head_next = head;
						next_state_o = EXE;
						exe_count_next = exe_count - 1;
					end		
					*/
					head_next = (head==5)?0:head+1;
					if(!busy[head_next])begin 
						next_state_o = IDLE;
					end else begin
						if(Qi[head_next]==0 || Op[head_next] == 4)begin
							next_state_o = EXE;
						end else begin 
							next_state_o = WAIT;
						end
					end
				end
		default: begin
					head_next = 0;
					next_state_o = 0;
				 end		
	endcase
end
//output logic
//use head value to determine where  output valus come from and validity
assign rd_addr = addr[head_next];//addr[head];
assign wr_addr = addr[head_next];//addr[head];
//assign wen = ((Op[head]==5)&&state_o==EXE)?1:0;//turn on wen if the head is a store instruction and is in EXE state
assign wen = ((Op[head]==5)&&Qi[head]==0&&state_o==WAIT)?1:0;
assign data_out = Vi[head];

assign valid_out0 = (head==0&&state_o==EXE)?1:0;
assign valid_out1 = (head==1&&state_o==EXE)?1:0;
assign valid_out2 = (head==2&&state_o==EXE)?1:0;
assign valid_out3 = (head==3&&state_o==EXE)?1:0;
assign valid_out4 = (head==4&&state_o==EXE)?1:0;
assign valid_out5 = (head==5&&state_o==EXE)?1:0;

/*
always@(posedge clk)begin
	if(~rst_n)begin
		valid_out0 <= 0 ;
		valid_out1 <= 0 ;
		valid_out2 <= 0 ;
		valid_out3 <= 0 ;
		valid_out4 <= 0 ;
		valid_out5 <= 0 ;
	end else begin
		valid_out0 <= valid_out0_next ;
		valid_out1 <= valid_out1_next ;
		valid_out2 <= valid_out2_next ;
		valid_out3 <= valid_out3_next ;
		valid_out4 <= valid_out4_next ;
		valid_out5 <= valid_out5_next ;
	end
end
assign valid_out0_next = (head==0&&state_o==EXE)?1:0;
assign valid_out1_next = (head==1&&state_o==EXE)?1:0;
assign valid_out2_next = (head==2&&state_o==EXE)?1:0;
assign valid_out3_next = (head==3&&state_o==EXE)?1:0;
assign valid_out4_next = (head==4&&state_o==EXE)?1:0;
assign valid_out5_next = (head==5&&state_o==EXE)?1:0;
*/
assign ls_full = busy[0] & busy[1] & busy[2] & busy[3] & busy[4] & busy[5] ;
assign ls_entry = state;
//one valid for each entry

endmodule